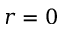
r = 0